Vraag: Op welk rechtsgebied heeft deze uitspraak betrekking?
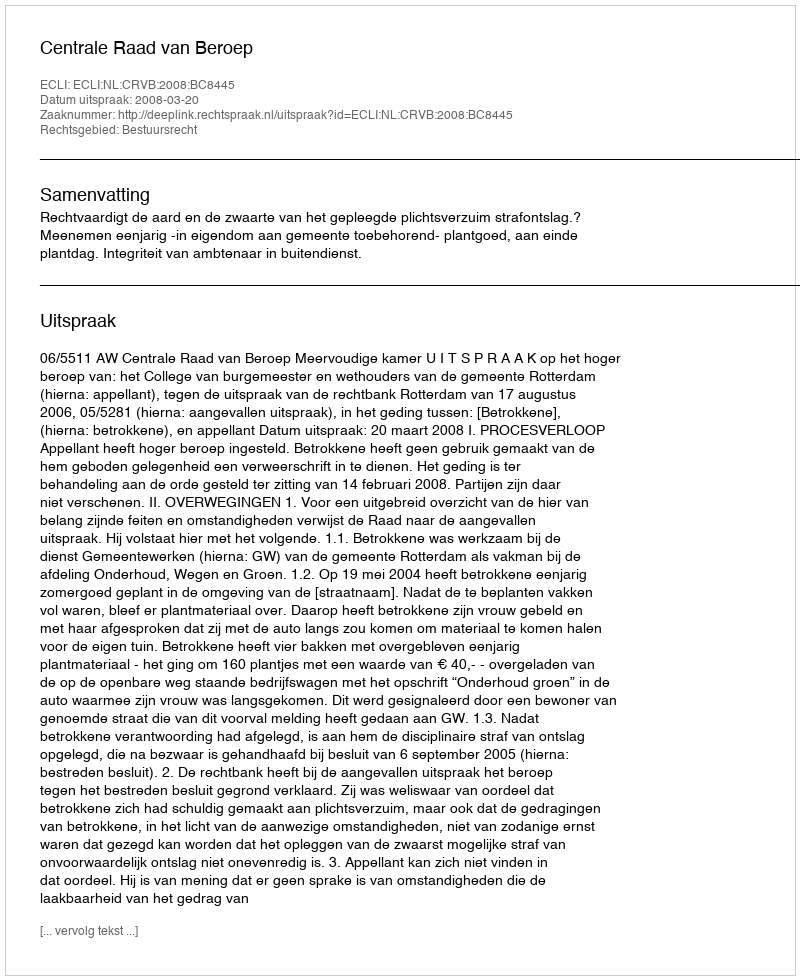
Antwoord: Bestuursrecht